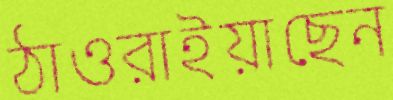
ঠাওরাইয়াছেন